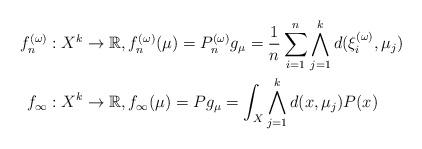
LaTeX: \begin{align*}f_n^{(\omega)}:X^k & \to \mathbb{R}, f_n^{(\omega)}(\mu) = P_n^{(\omega)} g_{\mu} = \frac{1}{n} \sum_{i=1}^n \bigwedge_{j=1}^k d(\xi_i^{(\omega)},\mu_j) \\f_\infty:X^k & \to \mathbb{R}, f_\infty (\mu) = P g_{\mu} = \int_X \bigwedge_{j=1}^k d(x,\mu_j) P( x) \end{align*}